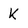
Character: k